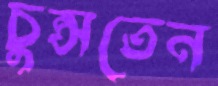
চুপ্‌সতেন